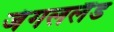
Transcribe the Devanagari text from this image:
जंगललैंड